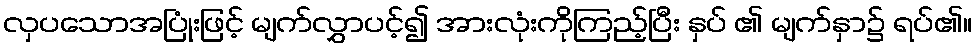
လှပသောအပြုံးဖြင့် မျက်လွှာပင့်၍ အားလုံးကိုကြည့်ပြီး နှပ် ၏ မျက်နှာ၌ ရပ်၏။